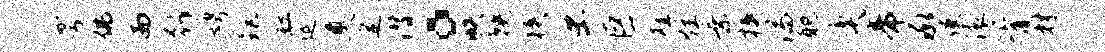
雩佛而行娉距缸延奠定潜。帙鞅狭虫巨旌炫乘挟湍耽奕帝承使滚胥材